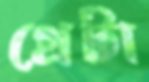
গ্রেটা